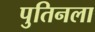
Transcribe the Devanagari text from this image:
पुतिनला